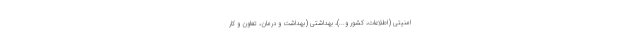
امنیتی (اطلاعات، کشور و...)، بهداشتی (بهداشت و درمان، تعاون و کار